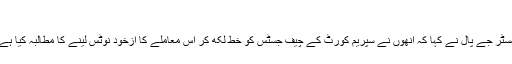
‘
مسٹر جے پال نے کہا کہ انھوں نے سپریم کورٹ کے چیف جسٹس کو خط لکھ کر اس معاملے کا ازخود نوٹس لینے کا مطالبہ کیا ہے۔